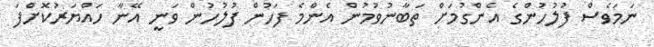
ނަމަވެސް ފުލުހުންގެ އެންގުމަށް ތަބާނުވުމުން އެންމެ ފަހުން ފުލުހުން ވަނީ އޭނާ ހައްޔަރުކޮށްފަ